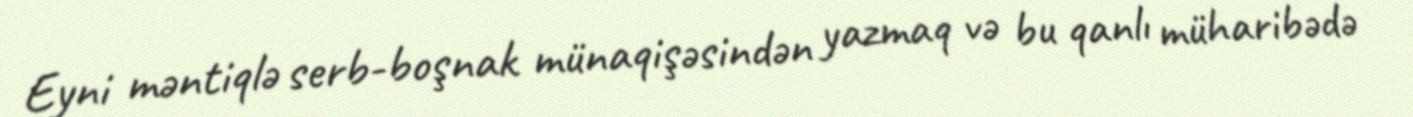
Eyni məntiqlə serb-boşnak münaqişəsindən yazmaq və bu qanlı müharibədə